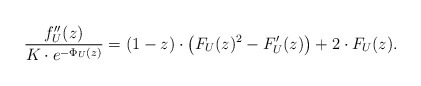
\begin{align*} \frac{f_U''(z)}{K \cdot e^{-\Phi_U(z)}} = (1-z) \cdot \left ( F_U(z)^2 - F_U'(z) \right ) + 2 \cdot F_U(z). \end{align*}